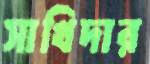
সাখিদার